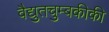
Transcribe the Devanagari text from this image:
वैद्युतचुम्बकीकी